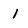
Character: 1